Annual report of the Punjab Veterinary College and of the Civil Veterinary Department, Punjab - 1894-1908
Year: 1894
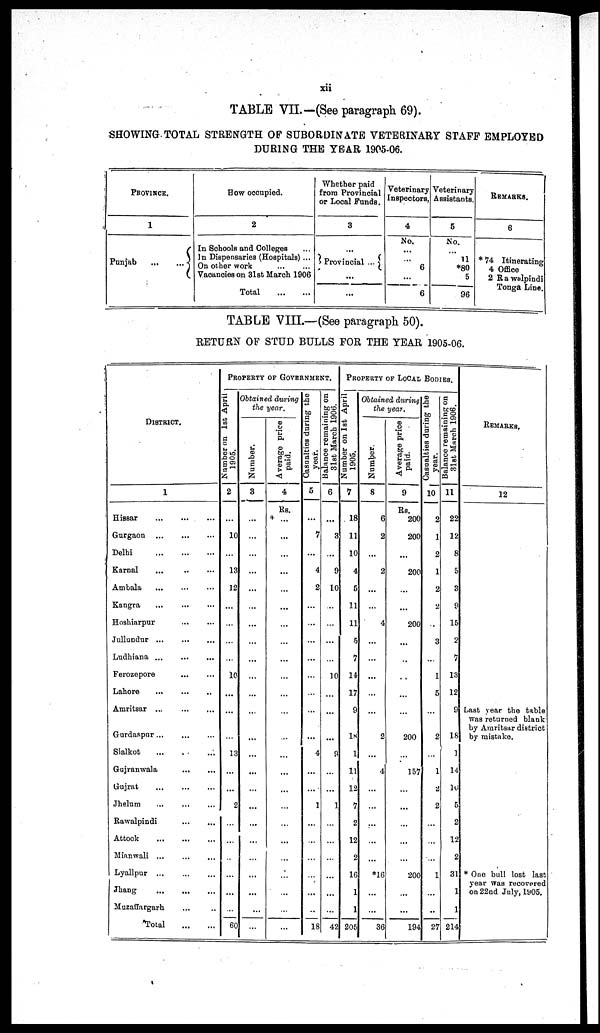
xii
TABLE VII.-(See paragraph 69).
SHOWING TOTAL STRENGTH OF SUBORDINATE VETERINARY STAFF EMPLOYED
DURING THE YEAR 1905-06.
PROVINCES
1
Punjab
...
...
How occupied.
2
In Schools and Colleges ...
In Dispensaries (Hospitals) ...
On other work ... ...
Vacancies on 3lst March 1906
Total
...
...
Whether paid
from Provincial
or Local Funds.
3
...
Provincial ...
...
...
Veterinary
Inspectors,
4
No.
...
...
6
...
6
Veterinary
Assistants.
5
No.
11
*80
5
96
REMARKS.
6
* 74 Itinerating
4 Office
2 Rawalpindi
Tonga Line.
TABLE VIII.—(See paragraph 50).
RETURN OF STUD BULLS FOR THE YEAR 1905-06.
DISTRICT.
1
Hissar ... ... ...
Gurgaon
...
...
...
Delhi
...
...
...
Karnal ... ... ...
Ambala ... ... ...
Kangra ... ... ...
Hoshiarpur ... ... ...
Jullundur ... ... ...
Ludhiana ... ... ...
Ferozepore ... ...
Lahore
...
...
...
Amritsar ...
...
...
Gurdaspur
...
...
...
Sialkot ... ... ...
Gujranwala ... ...
Gujrat ... ... ...
Jhelum ... ... ...
Rawalpindi
...
...
Attock
...
...
...
Mianwali ...
Lyallpur ... ... ...
Jhang
... ... ...
Muzaffargarh ... ...
Total
...
...
PROPERTY OF GOVERNMENT.
Number on 1st April
1905.
2
...
10
...
13
12
...
...
...
...
10
...
...
...
13
...
...
2
...
...
...
...
...
...
60
Obtained during
the year.
Number.
3
...
...
...
...
...
...
...
...
...
...
...
...
...
...
...
...
...
...
...
...
...
...
...
...
Average price
paid.
4
Rs.
...
...
...
...
...
...
...
...
...
...
...
...
...
...
...
...
...
...
...
...
...
...
...
...
Casualties during the
year.
5
...
7
...
4
2
...
...
...
...
...
...
...
...
4
...
...
1
...
...
...
...
...
...
18
Balance remaining on
31st March 1906.
6
...
3
...
9
10
...
...
...
...
10
...
...
...
9
...
...
1
...
...
...
...
...
...
42
PROPERTY OF LOCAL BODIES.
Number on 1st April
1905.
7
18
11
10
4
5
11
11
5
7
14
17
9
18
1
11
12
7
2
12
2
16
1
1
205
Obtained during
the year.
Number.
8
6
2
...
2
...
...
4
...
...
...
...
...
2
...
4
...
...
...
...
...
*16
...
...
36
Average price
paid.
9
Rs.
200
200
...
200
...
...
200
...
...
...
...
...
200
...
157
...
...
...
...
...
200
...
...
194
Casualties during the
year.
10
2
1
2
1
2
2
.....
3
...
1
5
...
2
...
1
2
2
...
...
1
...
..
27
Balance remaining on
31st March 1906.
11
22
12
8
5
3
9
15
2
7
13
12
9l
18
1
14
16
5
2
12
2
31
1
1
214
REMARKS.
12
Last year the table
was returned blank
by Amritsar district
by mistake.
* One bull lost last
year was recovered
on 22nd July, 1905.